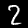
Digit: 2